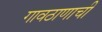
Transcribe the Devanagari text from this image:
गावठाणाची